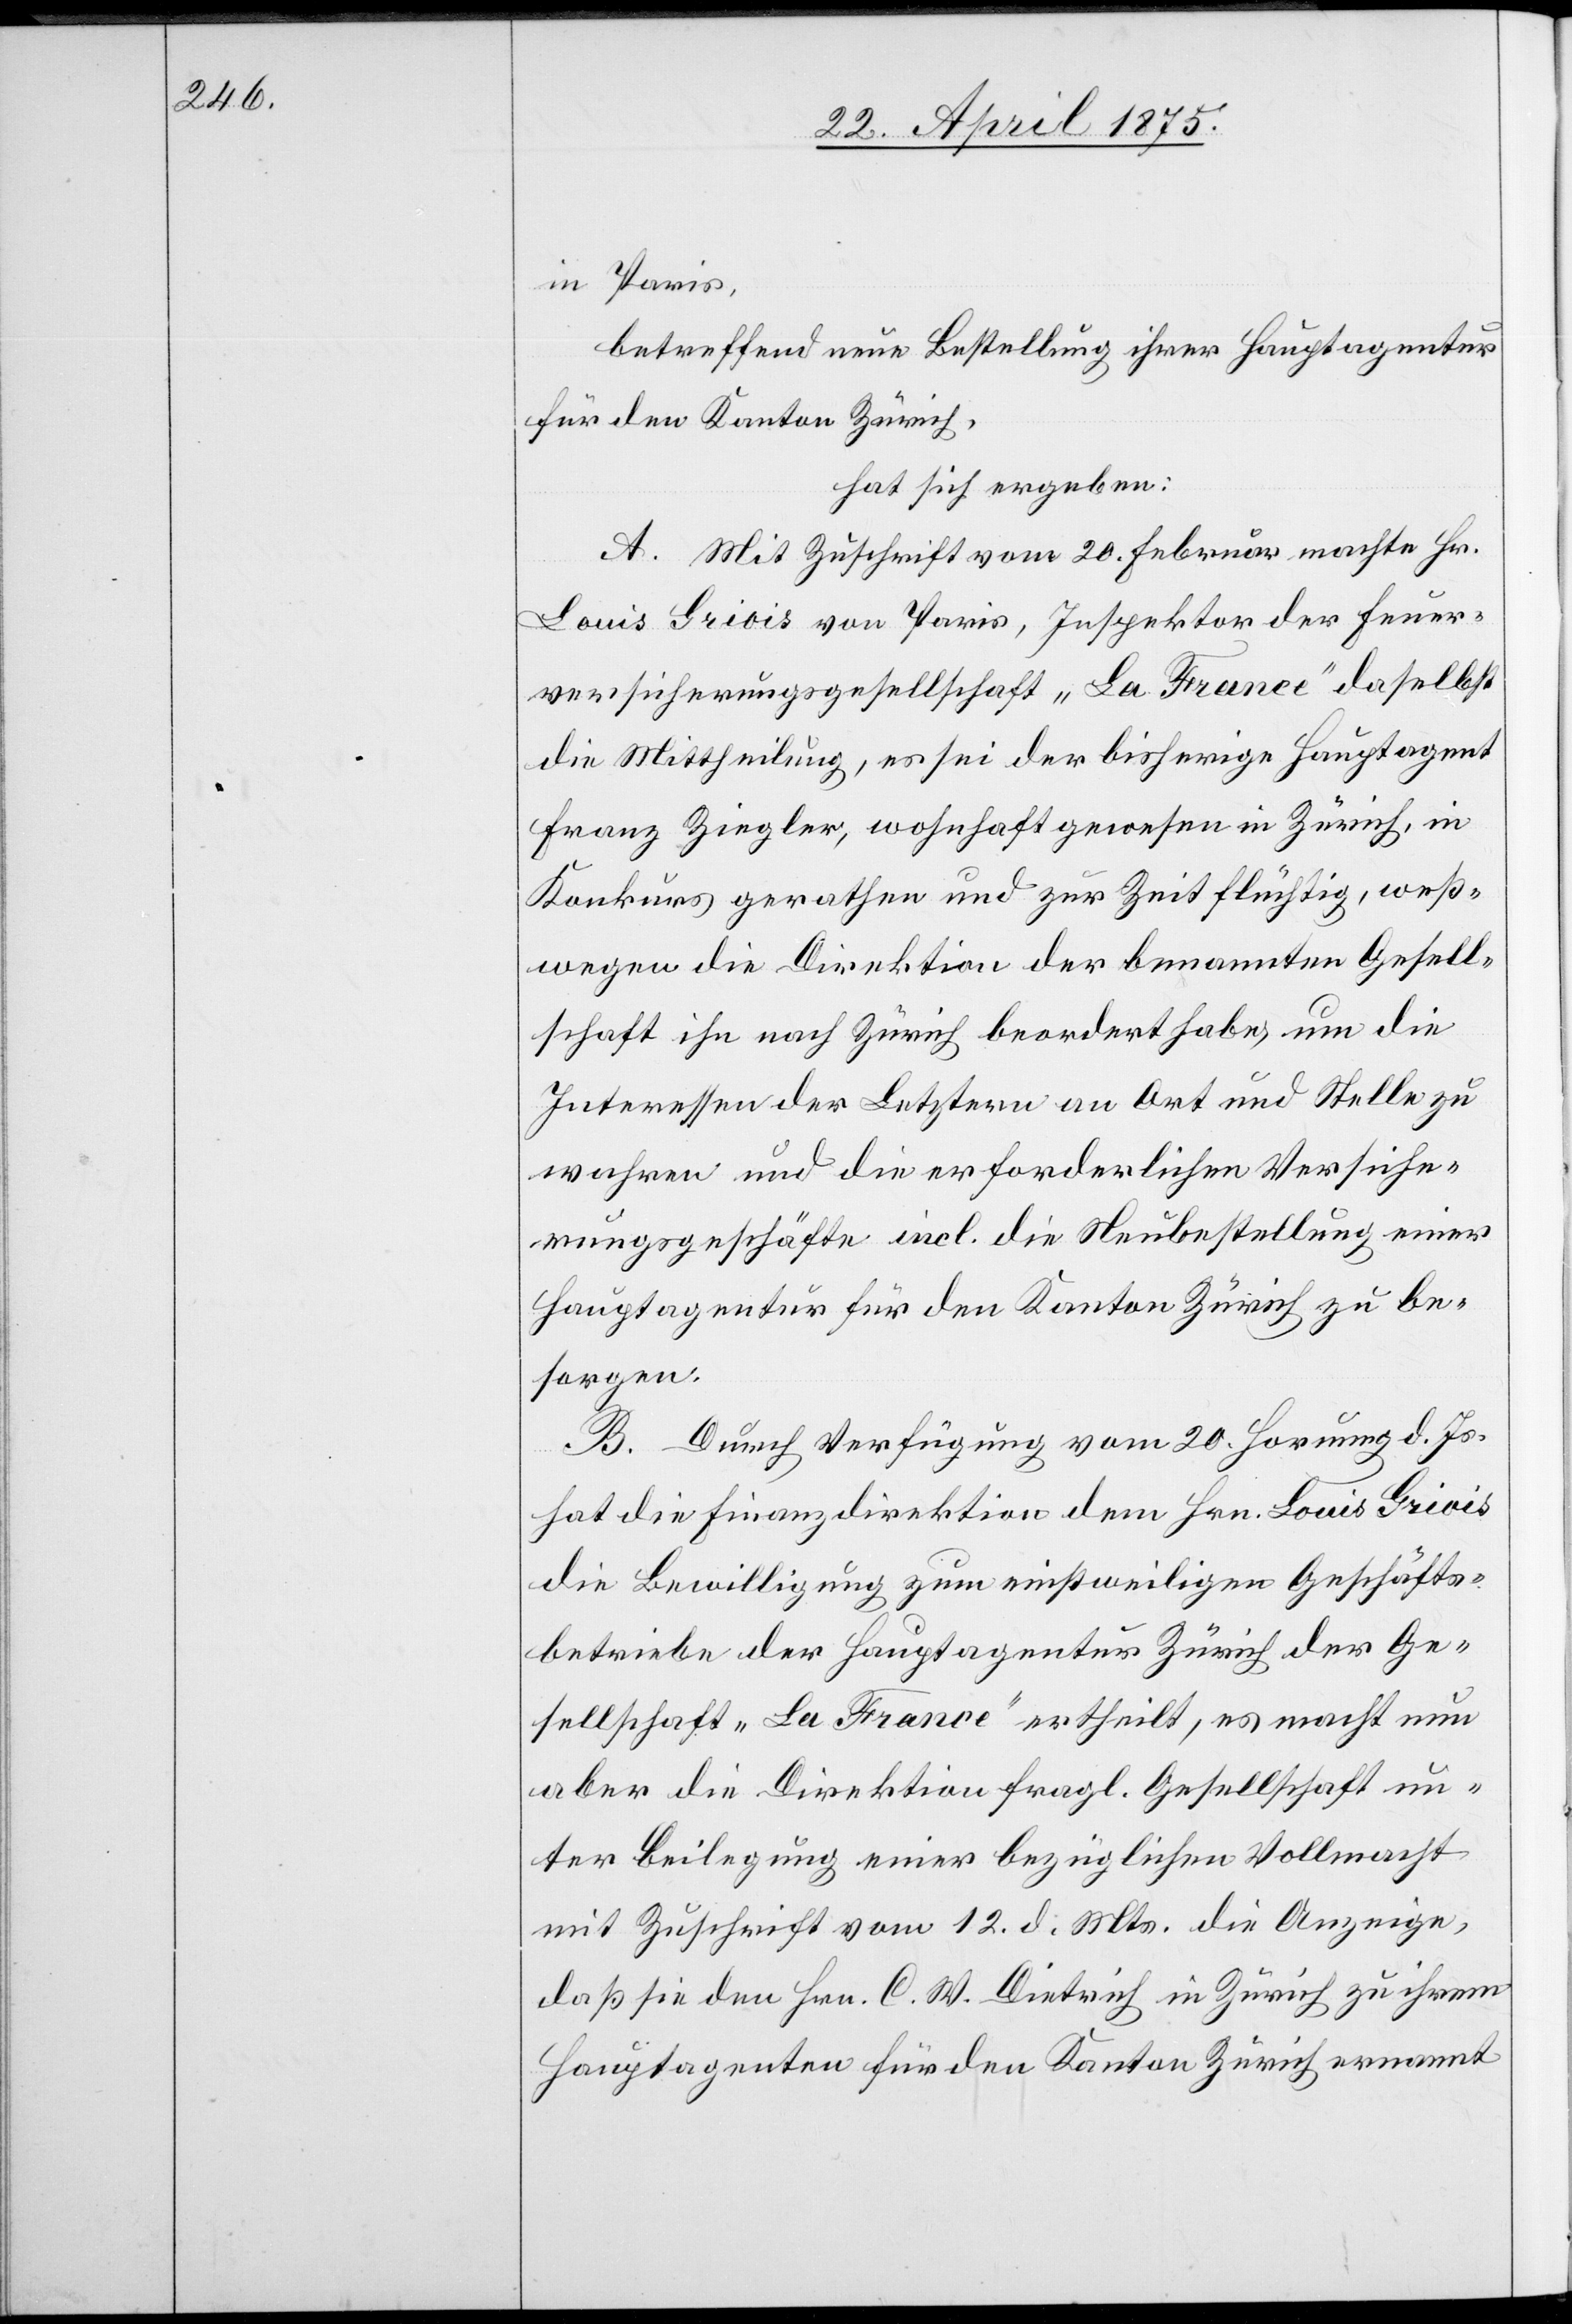
in Paris,
betreffend neue Bestellung ihrer Hauptagentur
für den Kanton Zürich,
hat sich ergeben:
A. Mit Zuschrift vom 20. Februar machte Hr.
Louis Griois von Paris, Inspektor der Feuer¬
versicherungsgesellschaft „La France“ daselbst
die Mittheilung, es sei der bisherige Hauptagent
Franz Ziegler, wohnhaft gewesen in Zürich, in
Konkurs gerathen und zur Zeit flüchtig, weß¬
wegen die Direktion der benannten Gesell¬
schaft ihn nach Zürich beordert habe, um die
Interessen der Letztern an Ort und Stelle zu
wahren und die erforderlichen Versiche¬
rungsgeschäfte incl. die Neubestellung einer
Hautagentur für den Kanton Zürich zu be¬
sorgen.
B. Durch Verfügung vom 20. Hornung d. Js.
hat die Finanzdirektion dem Hrn. Louis Griois
die Bewilligung zum einstweiligen Geschäfts¬
betriebe der Hauptagentur Zürich der Ge¬
sellschaft „La France“ ertheilt, es macht nun
aber die Direktion fragl. Gesellschaft un¬
ter Beilegung einer bezüglichen Vollmacht
mit Zuschrift vom 12. d. Mts. die Anzeige,
daß sie den Hrn. C. W. Dietrich in Zürich zu ihrem
Hauptagenten für den Kanton Zürich ernannt